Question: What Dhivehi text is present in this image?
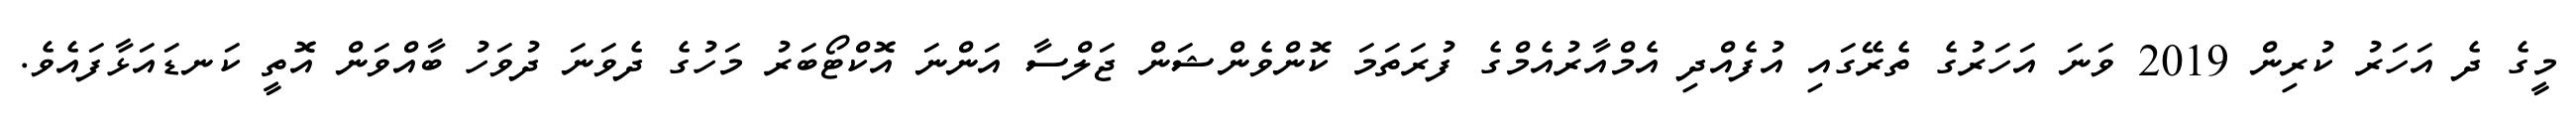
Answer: މީގެ ދެ އަހަރު ކުރިން 2019 ވަނަ އަހަރުގެ ތެރޭގައި އުފެއްދި އެމްއާރުއެމްގެ ފުރަތަމަ ކޮންވެންޝަން ޖަލްސާ އަންނަ އޮކްޓޯބަރު މަހުގެ ދެވަނަ ދުވަހު ބާއްވަން އޮތީ ކަނޑައަޅާފައެވެ.